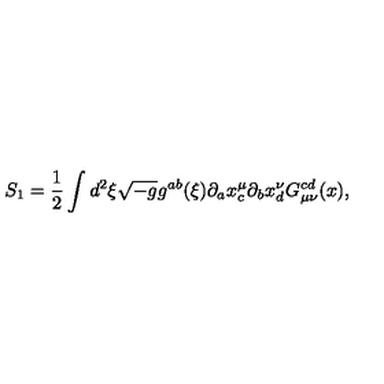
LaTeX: S _ { 1 } = \frac { 1 } { 2 } \int d ^ { 2 } \xi \sqrt { - g } g ^ { a b } ( \xi ) \partial _ { a } x _ { c } ^ { \mu } \partial _ { b } x _ { d } ^ { \nu } G _ { \mu \nu } ^ { c d } ( x ) ,